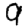
Digit: 9